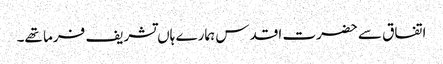
اتفاق سے حضرت اقدس ہمارے ہاں تشریف فرما تھے۔